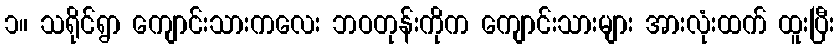
၁။ သရိုင်ရွာ ကျောင်းသားကလေး ဘဝတုန်းကိုက ကျောင်းသားများ အားလုံးထက် ထူးပြီး